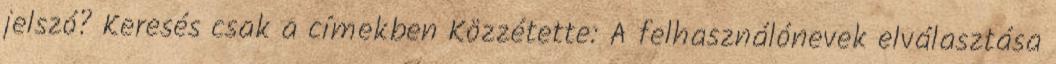
jelszó? Keresés csak a címekben Közzétette: A felhasználónevek elválasztása